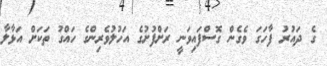
ގެ ދައުރު ފާހަގަ ވެގެން ގޮސްފައިވަނީ ރަށްފުށުގެ އަހުލުވެރިންގެ ހައްގު ތަކަށް އަޅާލާ